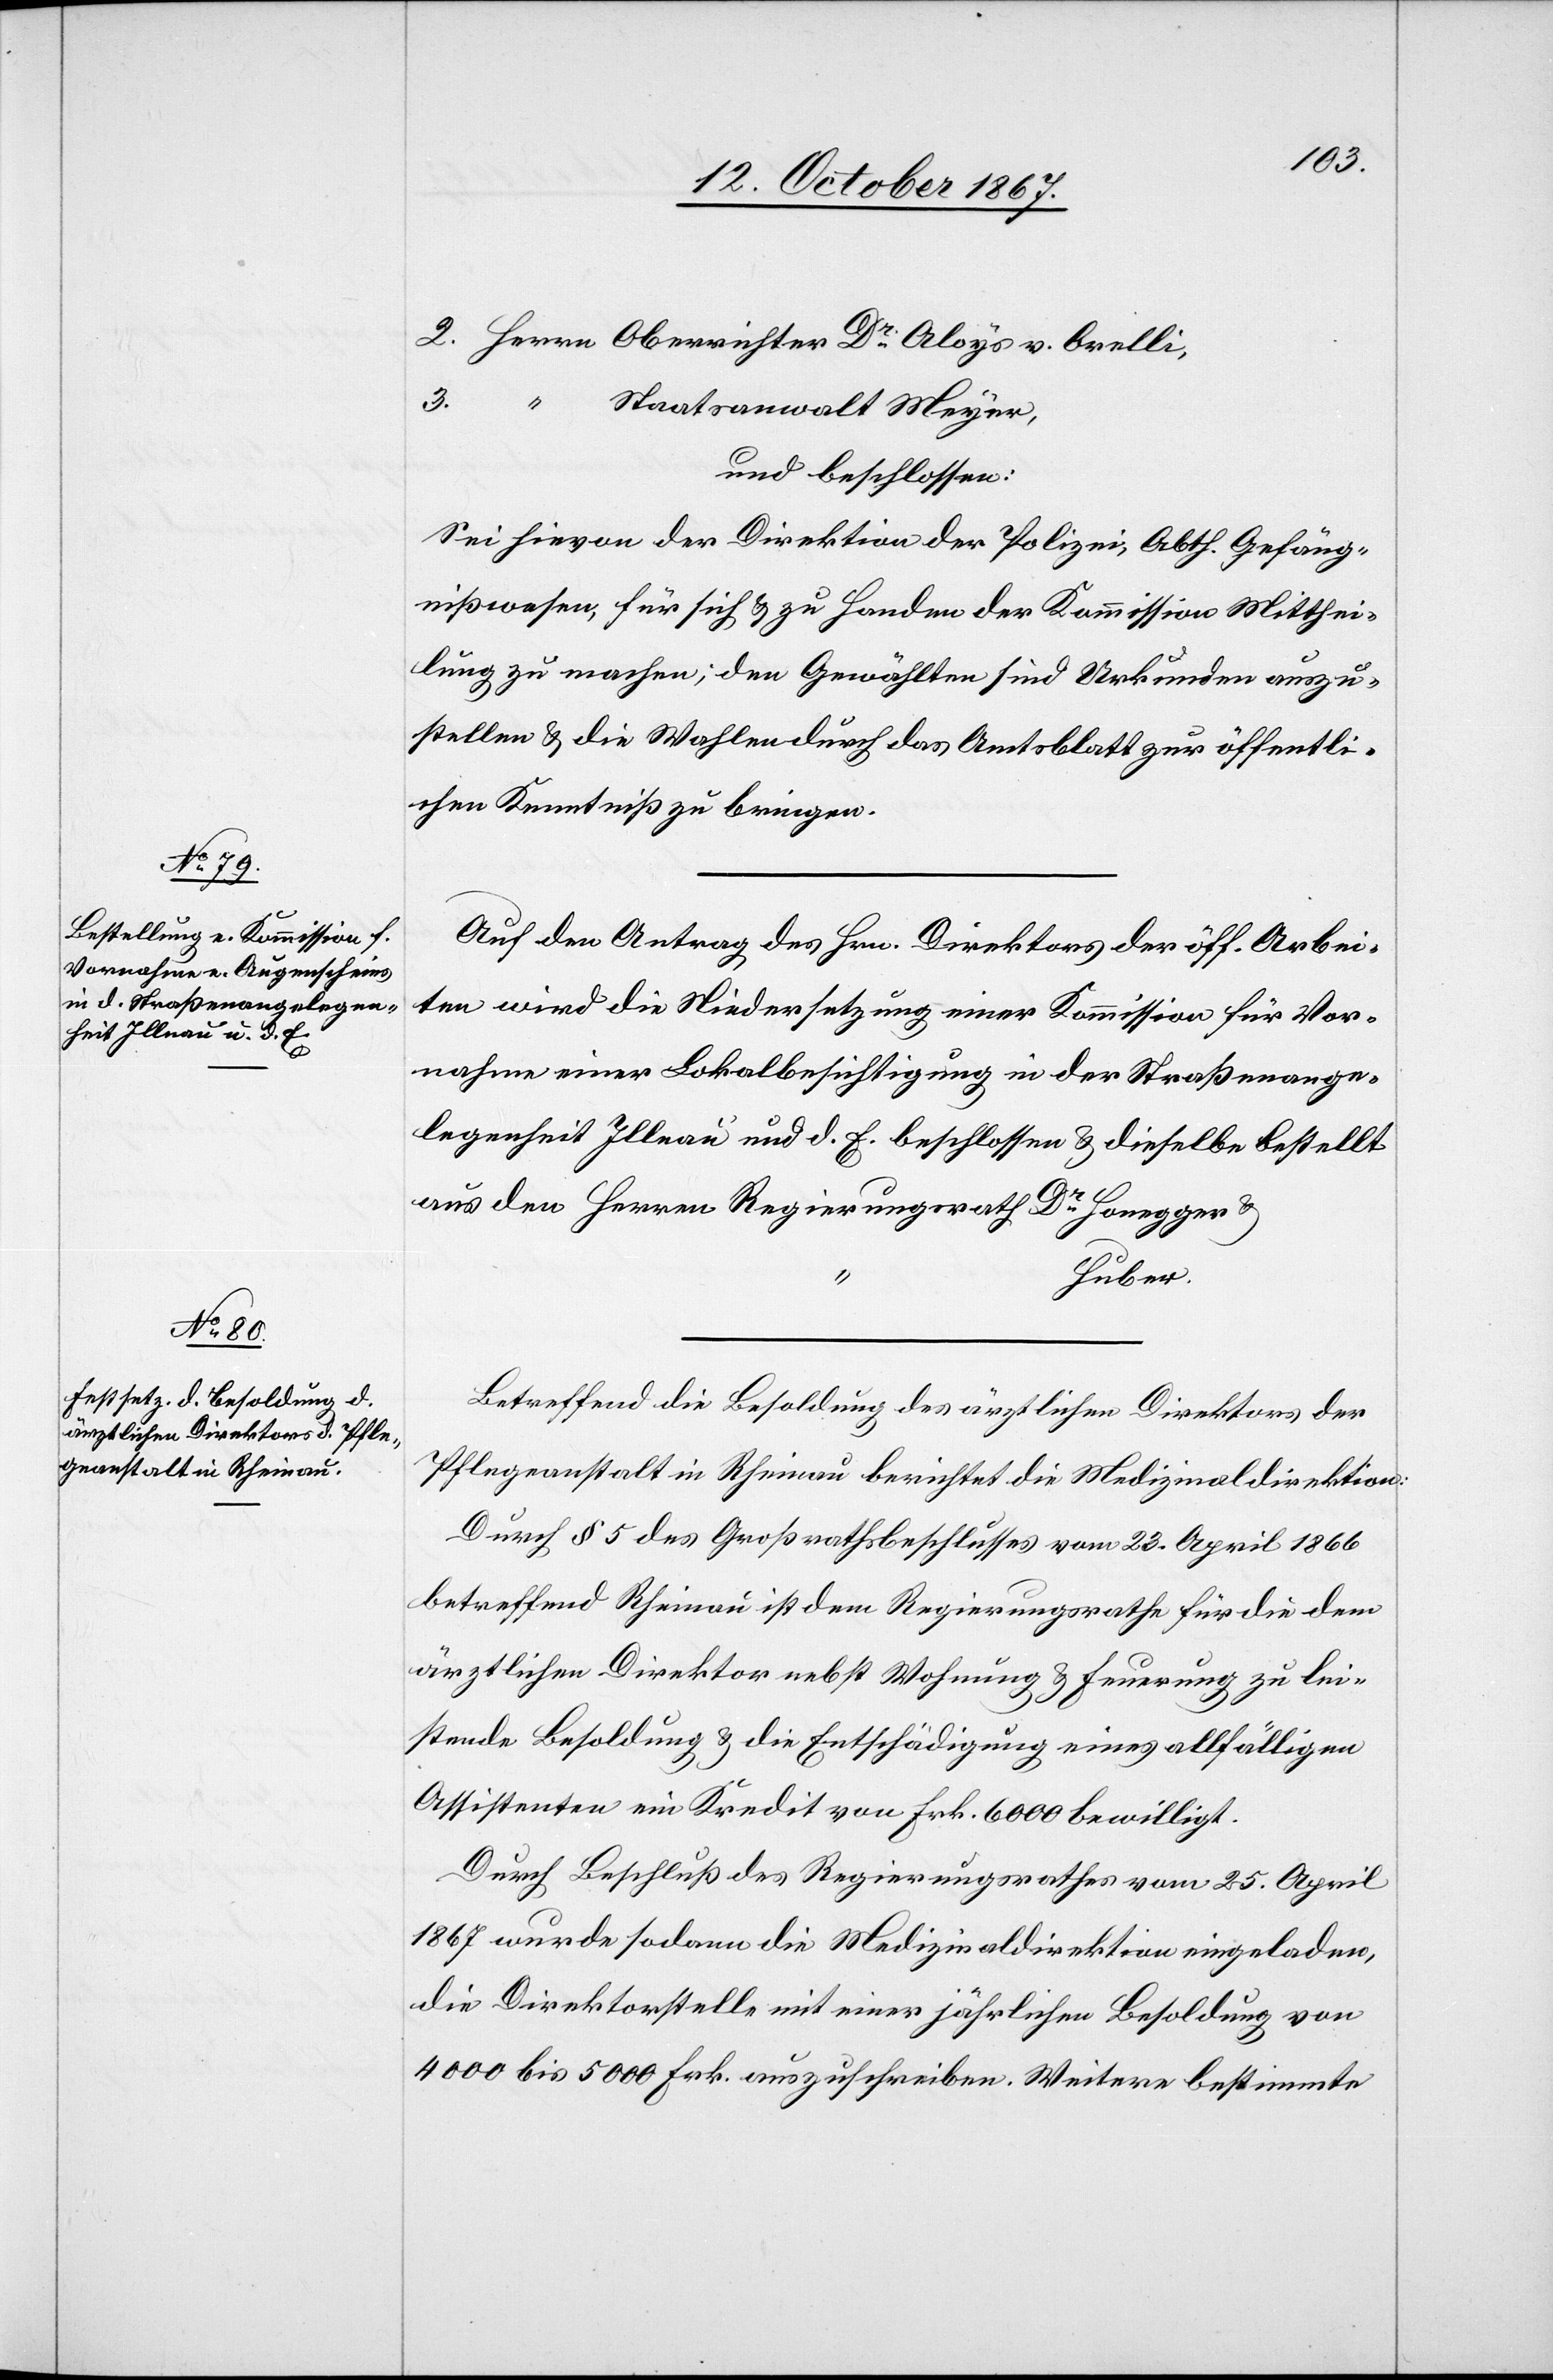
2. Herrn Oberrichter Dr Aloys v. Orelli,
3.
Staatsanwalt Meyer,
und beschlossen:
Sei hievon der Direktion der Polizei, Abth. Gefäng¬
nißwesen, für sich u. zu Handen der Kommission Mitthei¬
lung zu machen; den Gewählten sind Urkunden auszu¬
stellen u. die Wahlen durch das Amtsblatt zur öffentli¬
chen Kenntniß zu bringen.
Auf den Antrag des Hrn. Direktors der öff. Arbei¬
ten wird die Niedersetzung einer Kommission für Vor¬
nahme einer Lokalbesichtigung in der Straßenange¬
legenheit Illnau und d. E. beschlossen u. dieselbe bestellt
aus den Herren Regierungsrath Dr Honegger u.
Huber.
Betreffend die Besoldung des ärztlichen Direktors der
Pflegeanstalt in Rheinau berichtet die Medizinaldirektion:
Durch § 5 des Großrathsbeschlusses vom 23. April 1866
betreffend Rheinau ist dem Regierungsrathe für die dem
ärztlichen Direktor nebst Wohnung u. Feuerung zu lei¬
stende Besoldung u. die Entschädigung eines allfälligen
Assistenten ein Kredit von Frk. 6000 bewilligt.
Durch Beschluß des Regierungsrathes vom 25. April
1867 wurde sodann die Medizinaldirektion eingeladen,
die Direktorstelle mit einer jährlichen Besoldung von
4000 bis 5000 Frk. auszuschreiben. Weitere bestimmte